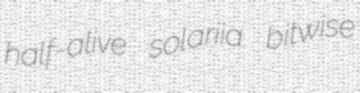
half-alive solariia bitwise